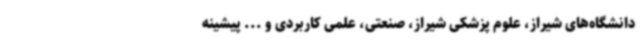
دانشگاه‌های شیراز، علوم پزشکی شیراز، صنعتی، علمی کاربردی و ... پیشینه